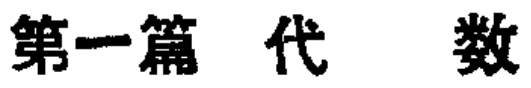
第一篇 代 数